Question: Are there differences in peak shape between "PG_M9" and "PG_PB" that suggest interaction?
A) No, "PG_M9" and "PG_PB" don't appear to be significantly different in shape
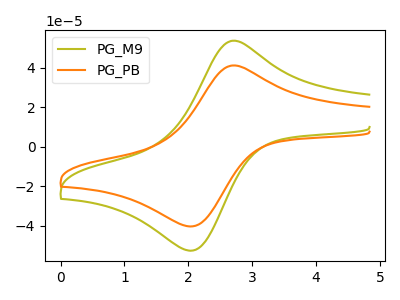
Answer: <think>The olive curve "PG_M9" has an anodic peak at (2.70V, 53.70uA) and a cathodic peak at (2.10V, -52.30uA). The orange curve "PG_PB" has an anodic peak at (2.70V, 41.20uA) and a cathodic peak at (2.10V, -40.10uA).
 All the peaks in "PG_M9" have a peak in "PG_PB" at the same potential. Every peak in "PG_M9" is higher than every peak in "PG_PB".</think>
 <answer>A) No, "PG_M9" and "PG_PB" don't appear to be significantly different in shape</answer>
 <eval>A</eval>